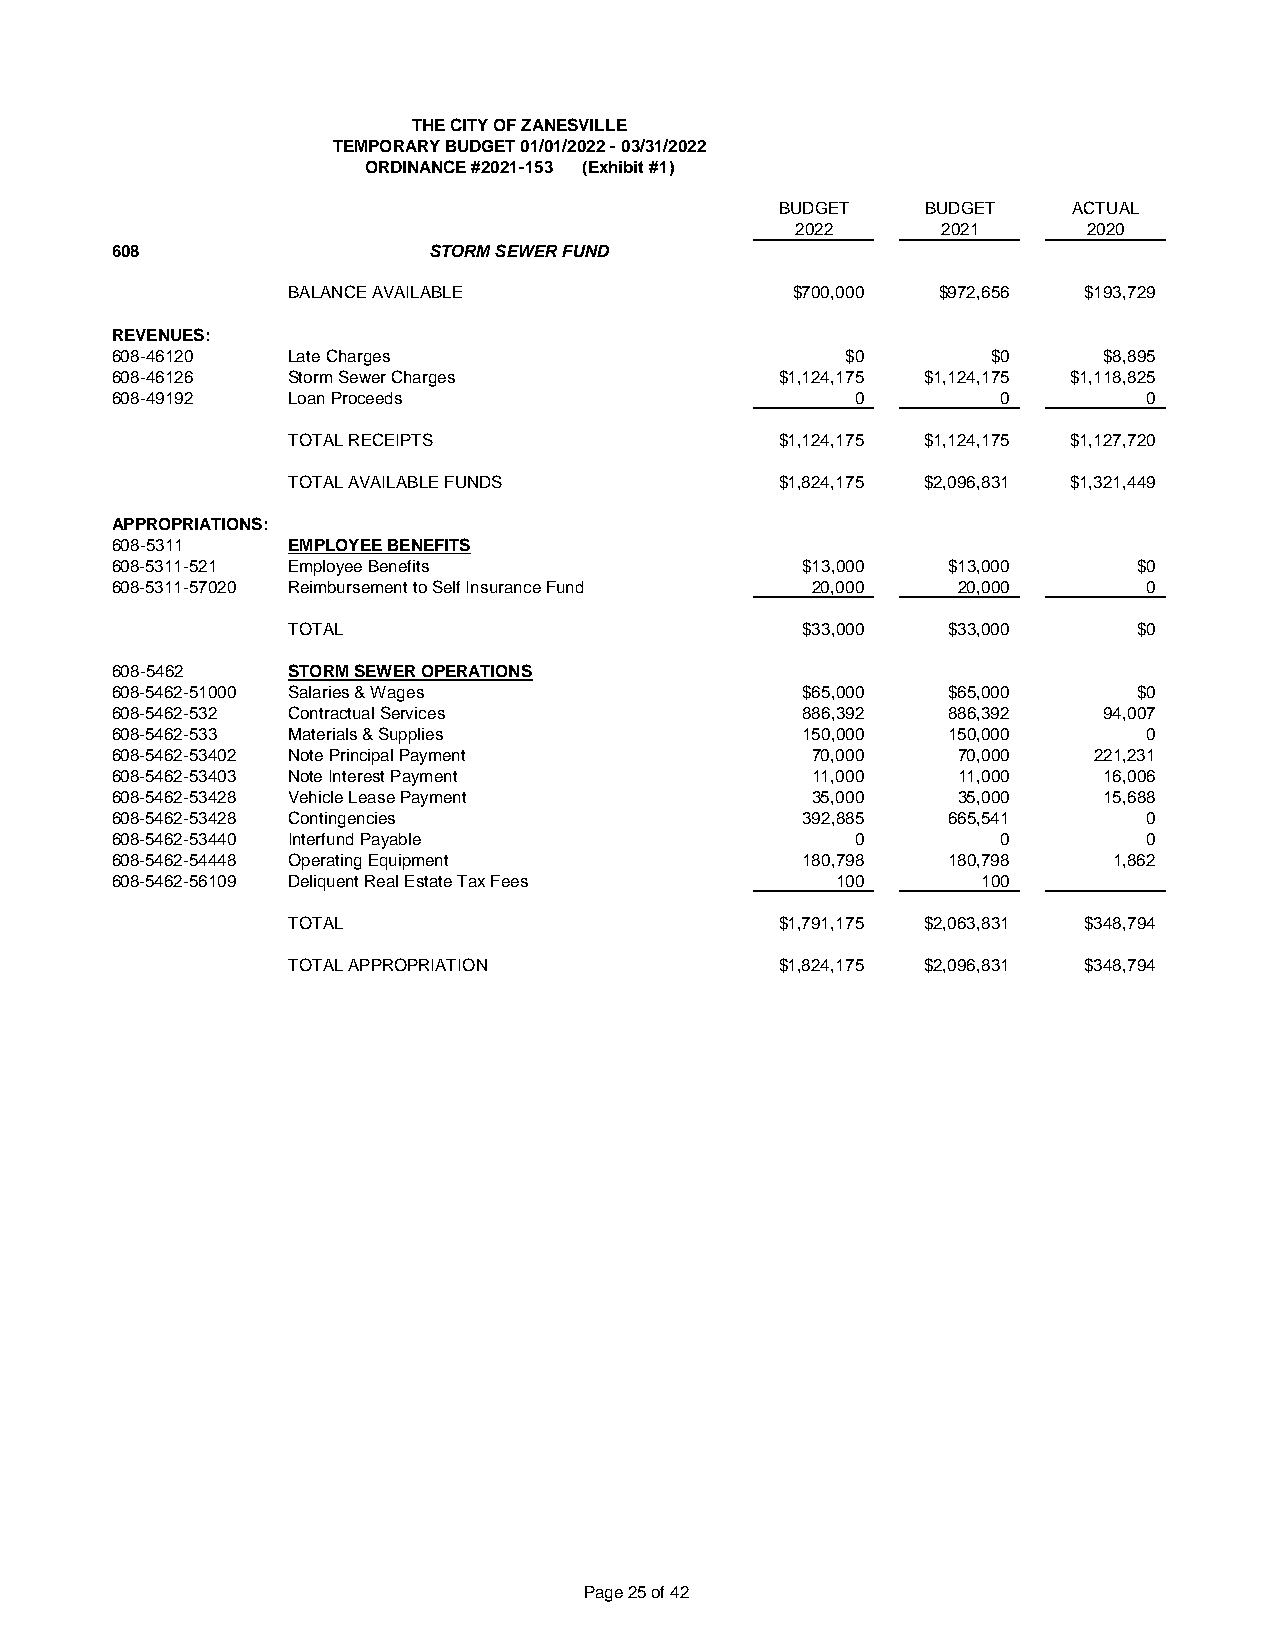
THE CITY OF ZANESVILLE
 TEMPORARY BUDGET 01/01/2022 - 03/31/2022
 ORDINANCE #2021-153 (Exhibit #1)
 BUDGET   BUDGET    ACTUAL
 2022     2021      2020
 608                  STORM SEWER FUND
 BALANCE AVAILABLE                $700,000  $972,656  $193,729
 REVENUES:
 608-46120   Late Charges                         $0        $0     $8,895
 608-46126   Storm Sewer Charges              $1,124,175 $1,124,175 $1,118,825
 608-49192   Loan Proceeds                         0        0         0
 TOTAL RECEIPTS                   $1,124,175 $1,124,175 $1,127,720
 TOTAL AVAILABLE FUNDS            $1,824,175 $2,096,831 $1,321,449
 APPROPRIATIONS:
 608-5311    EMPLOYEE BENEFITS
 608-5311-521 Employee Benefits                $13,000   $13,000     $0
 608-5311-57020 Reimbursement to Self Insurance Fund 20,000 20,000    0
 TOTAL                             $33,000   $33,000     $0
 608-5462    STORM SEWER OPERATIONS
 608-5462-51000 Salaries & Wages               $65,000   $65,000     $0
 608-5462-532 Contractual Services             886,392   886,392   94,007
 608-5462-533 Materials & Supplies             150,000   150,000      0
 608-5462-53402 Note Principal Payment          70,000   70,000   221,231
 608-5462-53403 Note Interest Payment           11,000   11,000    16,006
 608-5462-53428 Vehicle Lease Payment           35,000   35,000    15,688
 608-5462-53428 Contingencies                  392,885   665,541      0
 608-5462-53440 Interfund Payable                  0        0         0
 608-5462-54448 Operating Equipment            180,798   180,798    1,862
 608-5462-56109 Deliquent Real Estate Tax Fees   100       100
 TOTAL                            $1,791,175 $2,063,831 $348,794
 TOTAL APPROPRIATION              $1,824,175 $2,096,831 $348,794
 Page 25 of 42